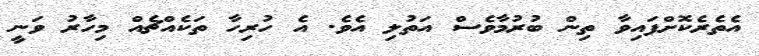
އެތެރެކޮށްފައިވާ ތިން ބުރުމާވެސް އަތުލި އެވެ. އެ ހުރިހާ ތަކެއްޗެއް މިހާރު ވަނީ